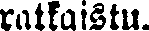
ratkaistu.